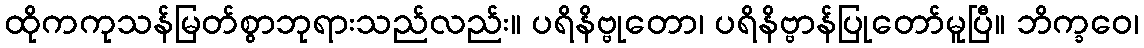
ထိုကကုသန်မြတ်စွာဘုရားသည်လည်း။ ပရိနိဗ္ဗုတော၊ ပရိနိဗ္ဗာန်ပြုတော်မူပြီ။ ဘိက္ခဝေ၊